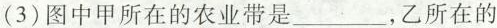
(3)图中甲所在的农业带是___，乙所在的